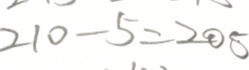
2 1 0 - 5 = 2 0 5